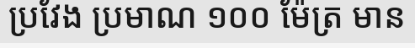
ប្រវែង ប្រមាណ ១០០ ម៉ែត្រ មាន